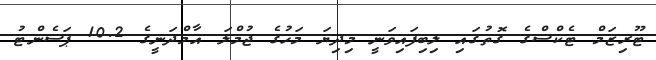
ޓޫރިޒަމް ޓެކްސްގެ ގޮތުގައި ލިބިފައިވަނީ މިދިޔަ މަހުގެ ޖުމްލަ އާމްދަނީގެ 10.2 ޕަސެންޓު